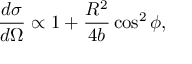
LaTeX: \frac { d \sigma } { d \Omega } \propto 1 + \frac { R ^ { 2 } } { 4 b } \cos ^ { 2 } \phi ,